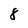
Character: 8